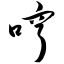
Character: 哼